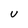
Character: u